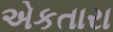
એકતારા